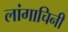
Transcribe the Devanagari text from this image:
लांगाचिनी